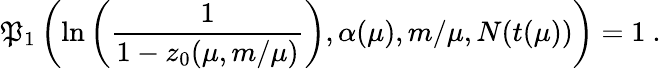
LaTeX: \mathfrak{P}_{1}\left(\ln\left({\frac{{1}}{{1-z_{0}(\mu,m/\mu)}}}\right),\alpha(\mu),m/\mu,N(t(\mu))\right)=1\ .